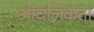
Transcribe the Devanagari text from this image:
आँचलिकता